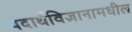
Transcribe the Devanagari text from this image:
पदार्थविज्ञानामधील